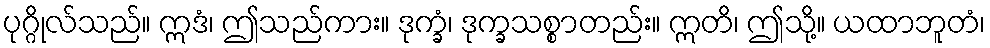
ပုဂ္ဂိုလ်သည်။ ဣဒံ၊ ဤသည်ကား။ ဒုက္ခံ၊ ဒုက္ခသစ္စာတည်း။ ဣတိ၊ ဤသို့။ ယထာဘူတံ၊